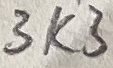
Text: 3K3